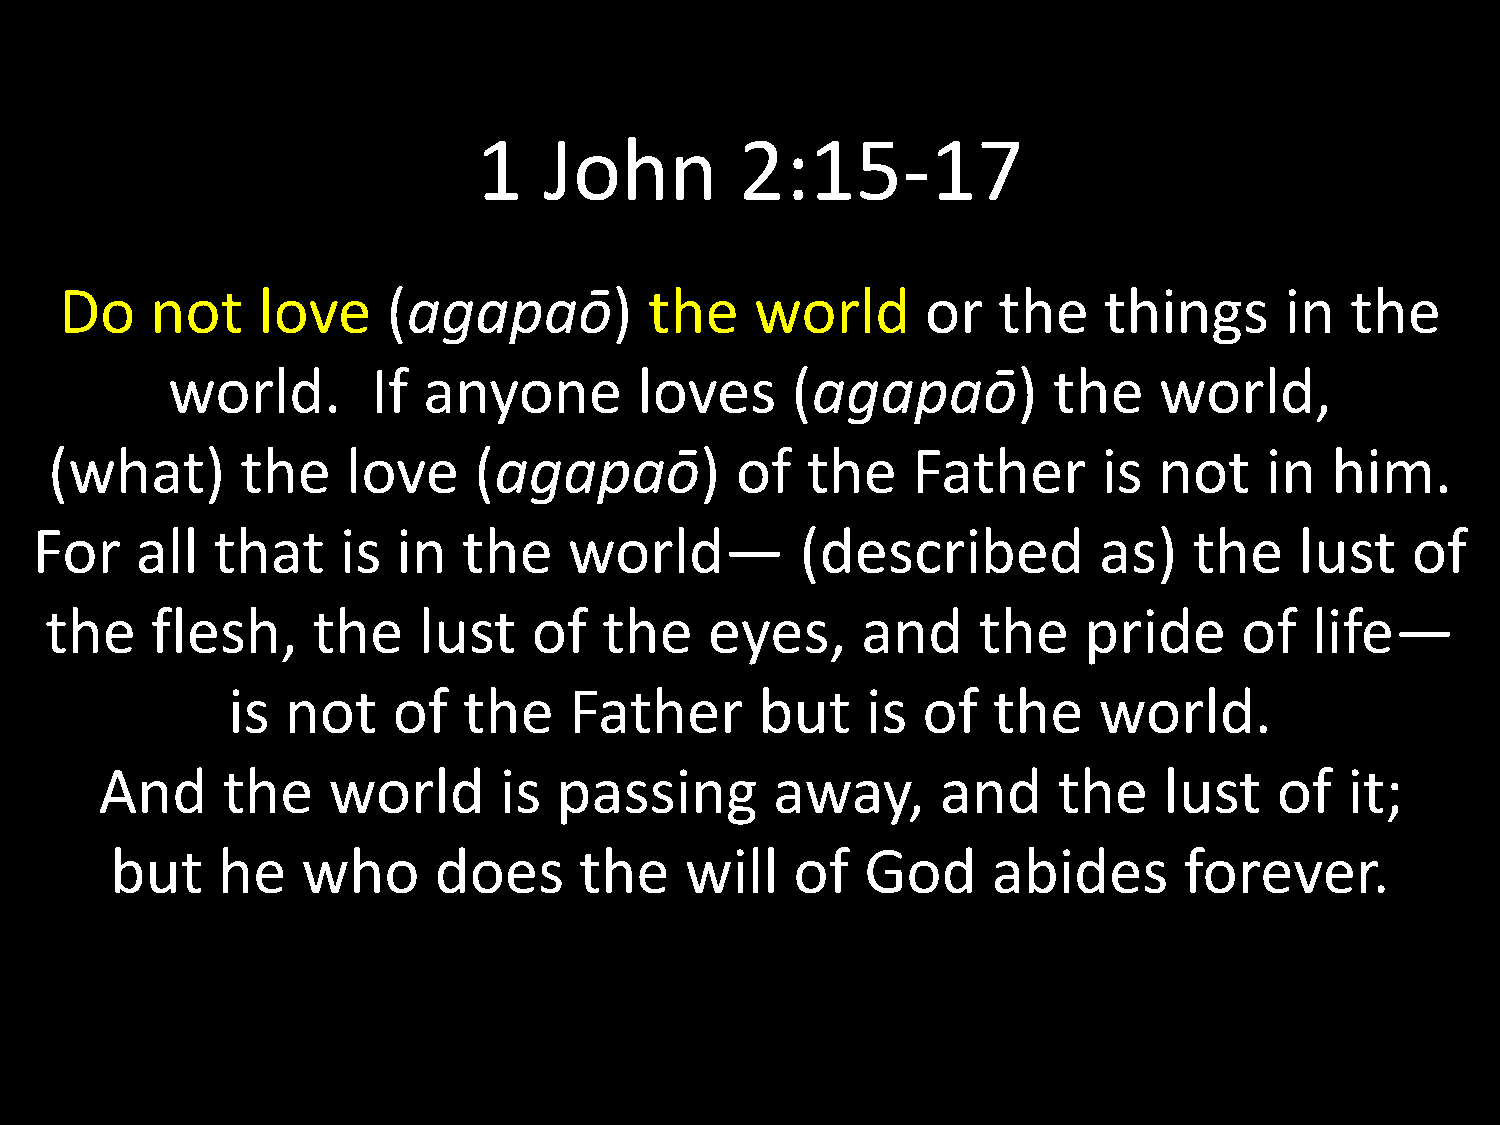
1   John         2:15-17
 Do    not    love     (agapaō)         the    world      or   the    things      in  the
 world.        If anyone        loves     (agapaō)          the    world,
 (what)       the    love    (agapaō)          of  the    Father       is  not    in  him.
 For    all  that     is in   the    world—         (described          as)   the    lust   of
 the    flesh,     the    lust   of   the    eyes,     and     the    pride     of   life—
 is  not    of   the    Father      but    is  of   the    world.
 And     the    world      is  passing       away,      and     the    lust    of  it;
 but    he    who      does     the    will    of  God      abides      forever.